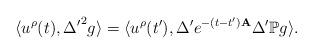
LaTeX: \begin{align*}\langle u^\rho (t) , {\Delta'}^2 g\rangle = \langle u^\rho (t'), {\Delta'} e^{-(t-t')\mathbf{A}} \Delta' \mathbb{P} g \rangle.\end{align*}